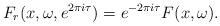
LaTeX: \begin{align*}F_r(x,\omega,e^{2 \pi i \tau}) = e^{-2 \pi i \tau} F(x,\omega).\end{align*}